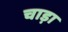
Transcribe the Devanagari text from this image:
चाड़ा